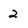
Character: 2